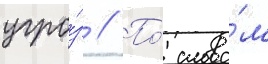
угро́з // По́ слова́м